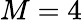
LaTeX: M=4